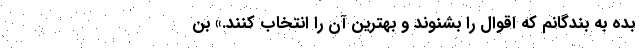
بده به بندگانم که اقوال را بشنوند و بهترین آن را انتخاب کنند.» بن